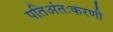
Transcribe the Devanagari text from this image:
पतिअंतःकरणी